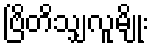
ဗြိတိသျှလူမျိုး